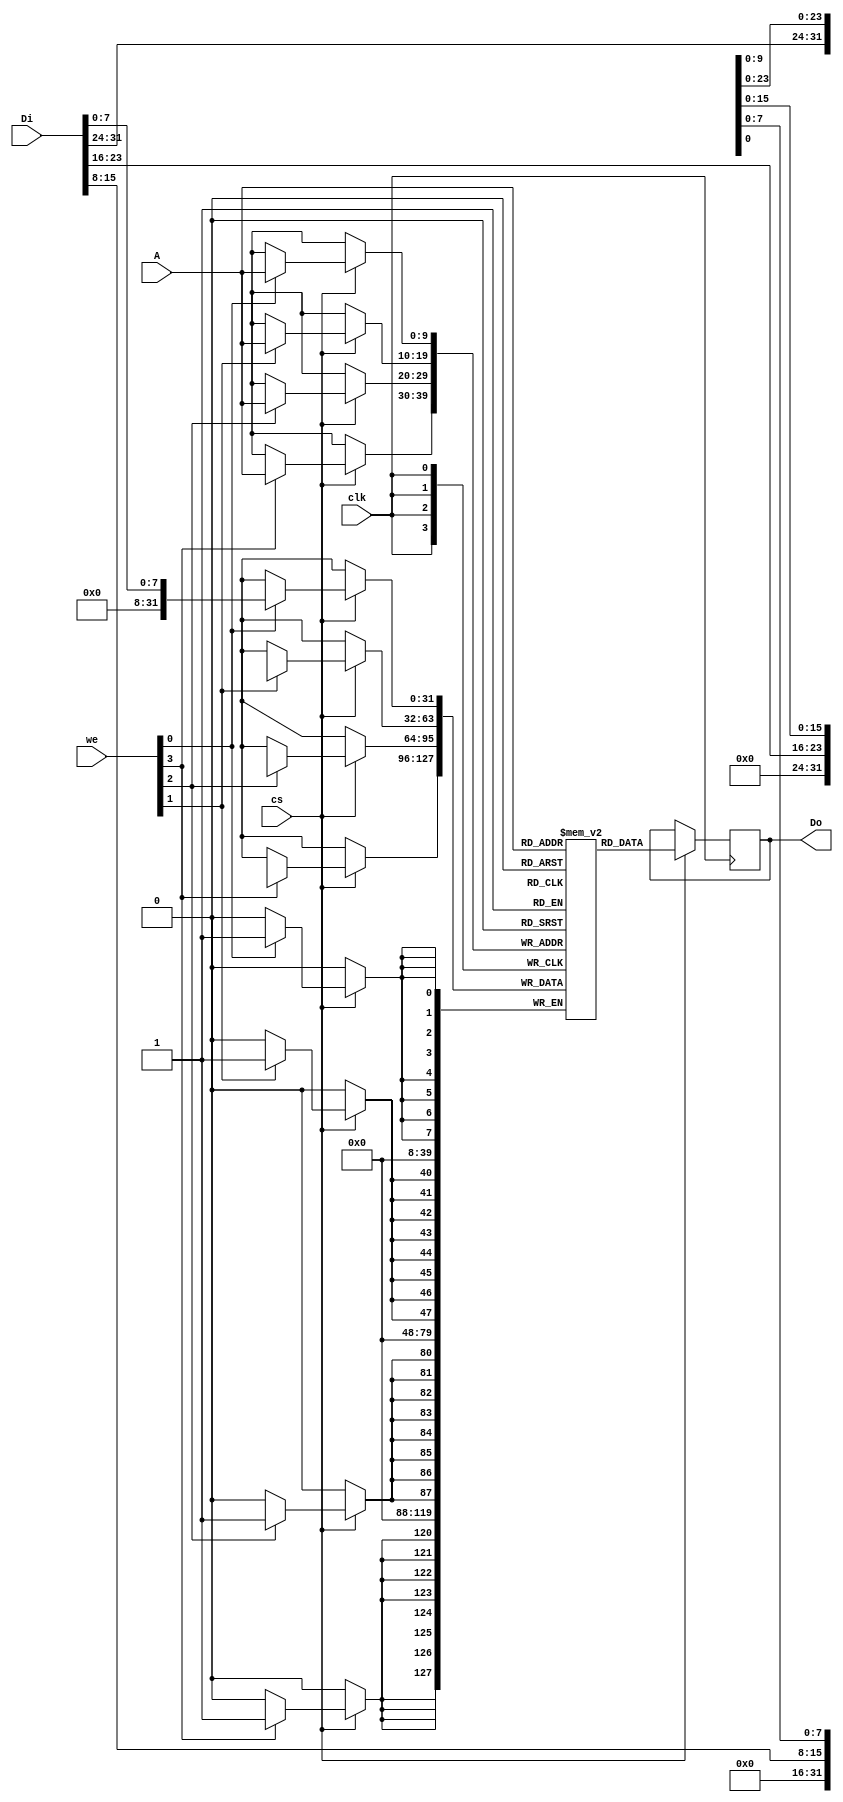
module sram32 #(parameter AW=10, VERBOSE=1) (
    input  wire         clk,
    input  wire         cs,
    input  wire [3:0]   we,
    input  wire [AW-1:0] A,
    input  wire [31:0]  Di,
    output reg  [31:0]  Do
);
    reg[31:0] ram[(2**AW)-1:0];
    always @(posedge clk)
        if(cs) begin
            Do <= ram[A];
            if(we[0]) ram[A][ 7: 0] <= Di[7:0];
            if(we[1]) ram[A][15:8] <= Di[15:8];
            if(we[2]) ram[A][23:16] <= Di[23:16];
            if(we[3]) ram[A][31:24] <= Di[31:24];
            if(VERBOSE==1) begin
                if(we==0) $display("SRAM READ from %0h data %0h", A, Do);
                else $display("SRAM Write (%0h):  %0h to %0h", we, Di, A);
            end
        end 
endmodule